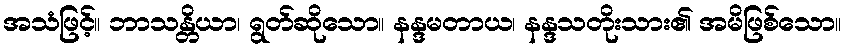
အသံဖြင့်။ ဘာသန္တိယာ၊ ရွတ်ဆိုသော။ နန္ဒမတာယ၊ နန္ဒသတိုးသား၏ အမိဖြစ်သော။